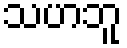
သဟဘူ